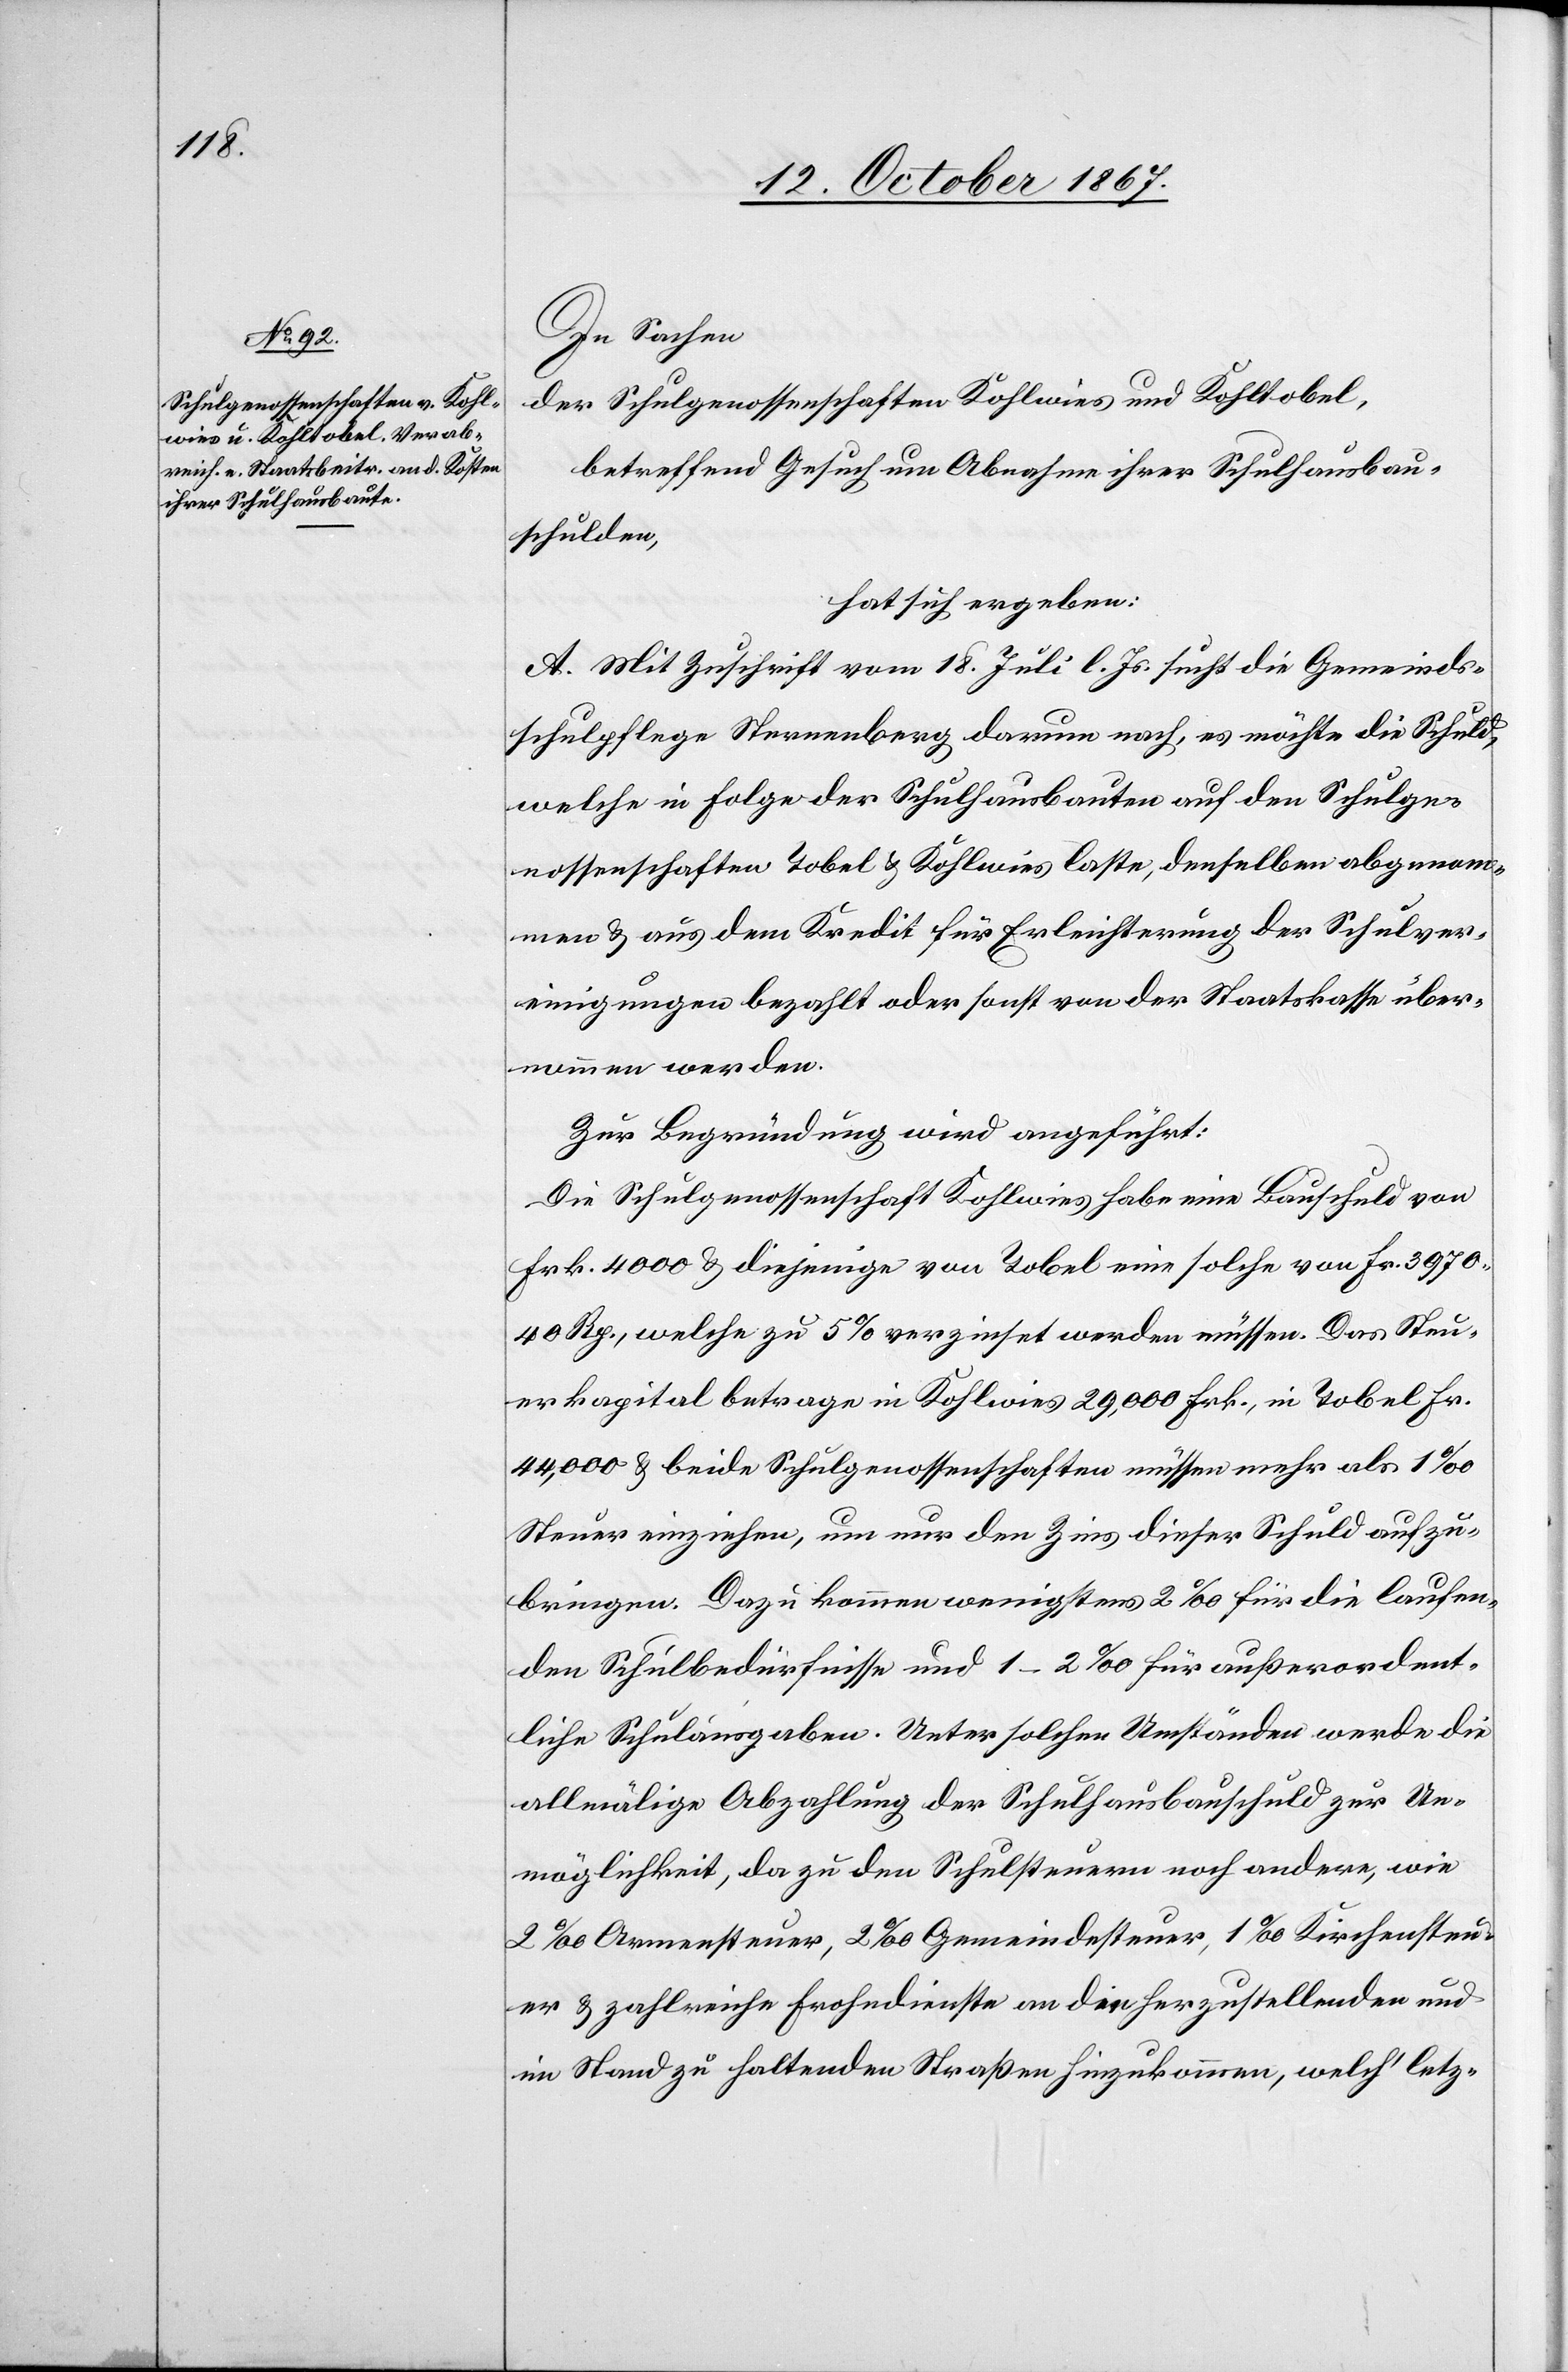
In Sachen
der Schulgenossenschaften Kohlwies und Kohltobel,
betreffend Gesuch um Abnahme ihrer Schulhaus¬
schulden,
hat sich ergeben:
A. Mit Zuschrift vom 18. Juli l. Js. sucht die Gemeinds¬
schulpflege Sternenberg darum nach, es möchte die Schuld,
welche in Folge der Schulhausbauten auf den Schulge¬
nossenschaften Tobel u. Kohlwies laste, denselben abgenom¬
men u. aus dem Kredit für Erleichterung der Schulver¬
einigungen bezahlt oder sonst von der Staatskasse über¬
nommen werden.
Zur Begründung wird angeführt:
Die Schulgenossenschaft Kohlwies habe eine Bauschuld von
Frk. 4000 u. diejenige von Tobel eine solche von Fr. 3970.40
Rp., welche zu 5 % verzinset werden müssen. Das Steu¬
erkapital betrage in Kohlwies 29 000 Frk., in Tobel Fr.
44 000 u. beide Schulgenossenschaften müssen mehr als 1 ‰
Steuer einziehen, um nur den Zins dieser Schuld aufzu¬
bringen. Dazu kommen wenigstens 2 ‰ für die laufen¬
den Schulbedürfnisse und 1–2 ‰ für außerordent¬
liche Schulausgaben. Unter solchen Umständen werde die
allmälige Abzahlung der Schulhausbauschuld zur Un¬
möglichkeit, da zu den Schulsteuern noch andere, wie
2 ‰ Armensteuer, 2 ‰ Gemeindesteuer, 1 ‰ Kirchensteu¬
er u. zahlreiche Frohndienste an die herzustellenden und
im Stand zu haltenden Straßen hinzukommen, welch‘ letz-